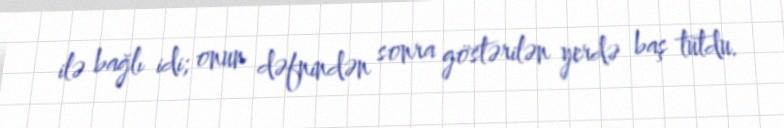
ilə bağlı idi; onun dəfnindən sonra göstərilən yerdə baş tutdu.